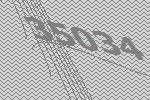
35034